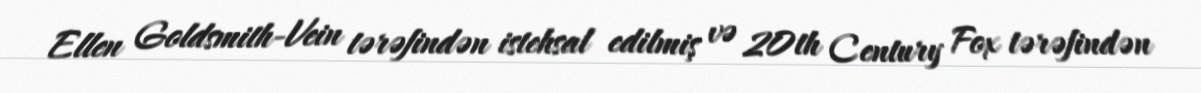
Ellen Goldsmith-Vein tərəfindən istehsal edilmiş və 20th Century Fox tərəfindən